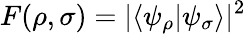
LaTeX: F(\rho,\sigma)=|\langle\psi_{\rho}|\psi_{\sigma}\rangle|^{2}